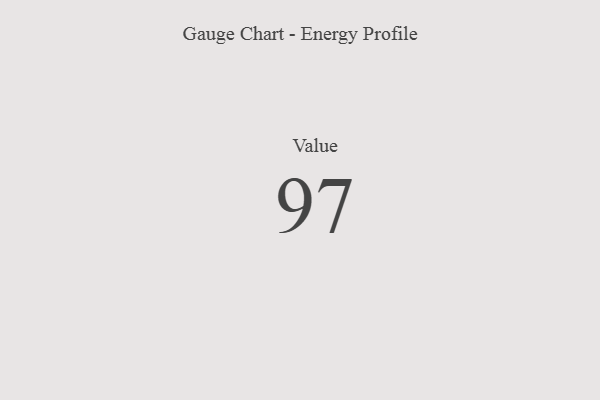
{"axis": {"x": "Metric", "y": "Value"}, "legend": [""], "data": [{"x": "Value", "y": 97, "type": ""}]}